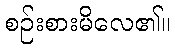
စဉ်းစားမိလေ၏။